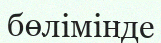
бөлімінде